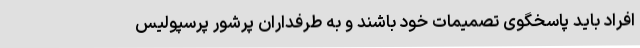
افراد باید پاسخگوی تصمیمات خود باشند و به طرفداران پرشور پرسپولیس